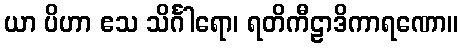
ယာ ပိဟာ ဧသ သိင်္ဂါရော၊ ရတိကီဠာဒိကာရဏော။